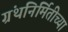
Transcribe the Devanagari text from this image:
ग्रंथनिर्मितीच्या